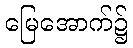
မြေအောက်၌